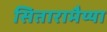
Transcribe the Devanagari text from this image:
सितारामैय्या